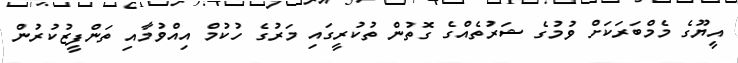
އީޔޫގެ މެމްބަރަކަށް ވުމުގެ ޝަރުތެއްގެ ގޮތުން ތުކުރީގައި މަރުގެ ހުކުމް އިއްވުމާއި ތަންފީޒުކުރުން